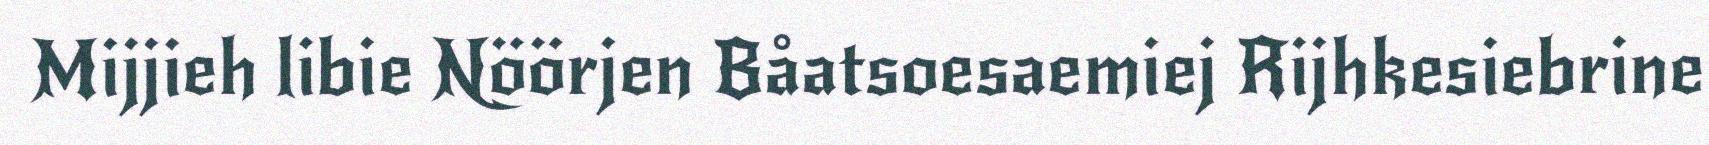
Mijjieh libie Nöörjen Båatsoesaemiej Rijhkesiebrine